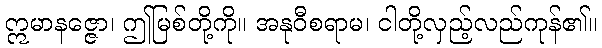
ဣမာနဇ္ဇော၊ ဤမြစ်တို့ကို။ အနုဝီစရာမ၊ ငါတို့လှည့်လည်ကုန်၏။